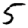
Digit: 5